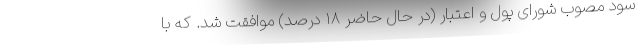
سود مصوب شورای پول و اعتبار (در حال حاضر ۱۸ درصد) موافقت شد. که با